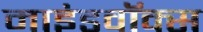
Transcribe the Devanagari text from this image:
माइंडवॉक्स